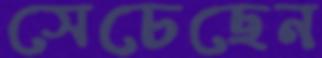
সেচেছেন